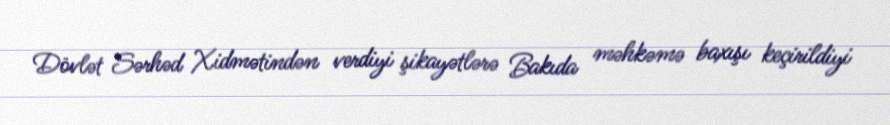
Dövlət Sərhəd Xidmətindən verdiyi şikayətlərə Bakıda məhkəmə baxışı keçirildiyi